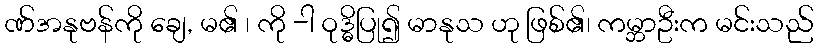
ဏ်အနုဗန်ကို ချေ, မ၏ ၊ ကို -ါ ဝုဒ္ဓိပြု၍ မာနုသ ဟု ဖြစ်၏၊ ကမ္ဘာဦးက မင်းသည်